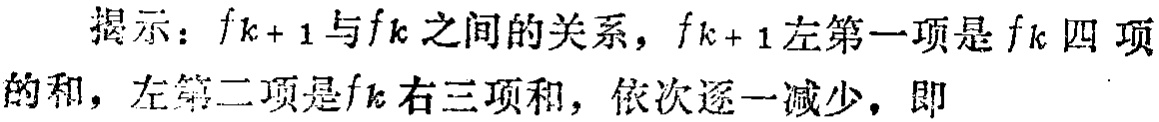
提示：\(f_{k + 1}\)与\(f_{k}\)之间的关系，\(f_{k + 1}\)左第一项是\(f_{k}\)四项的和，左第二项是\(f_{k}\)右三项和，依次逐一减少，即